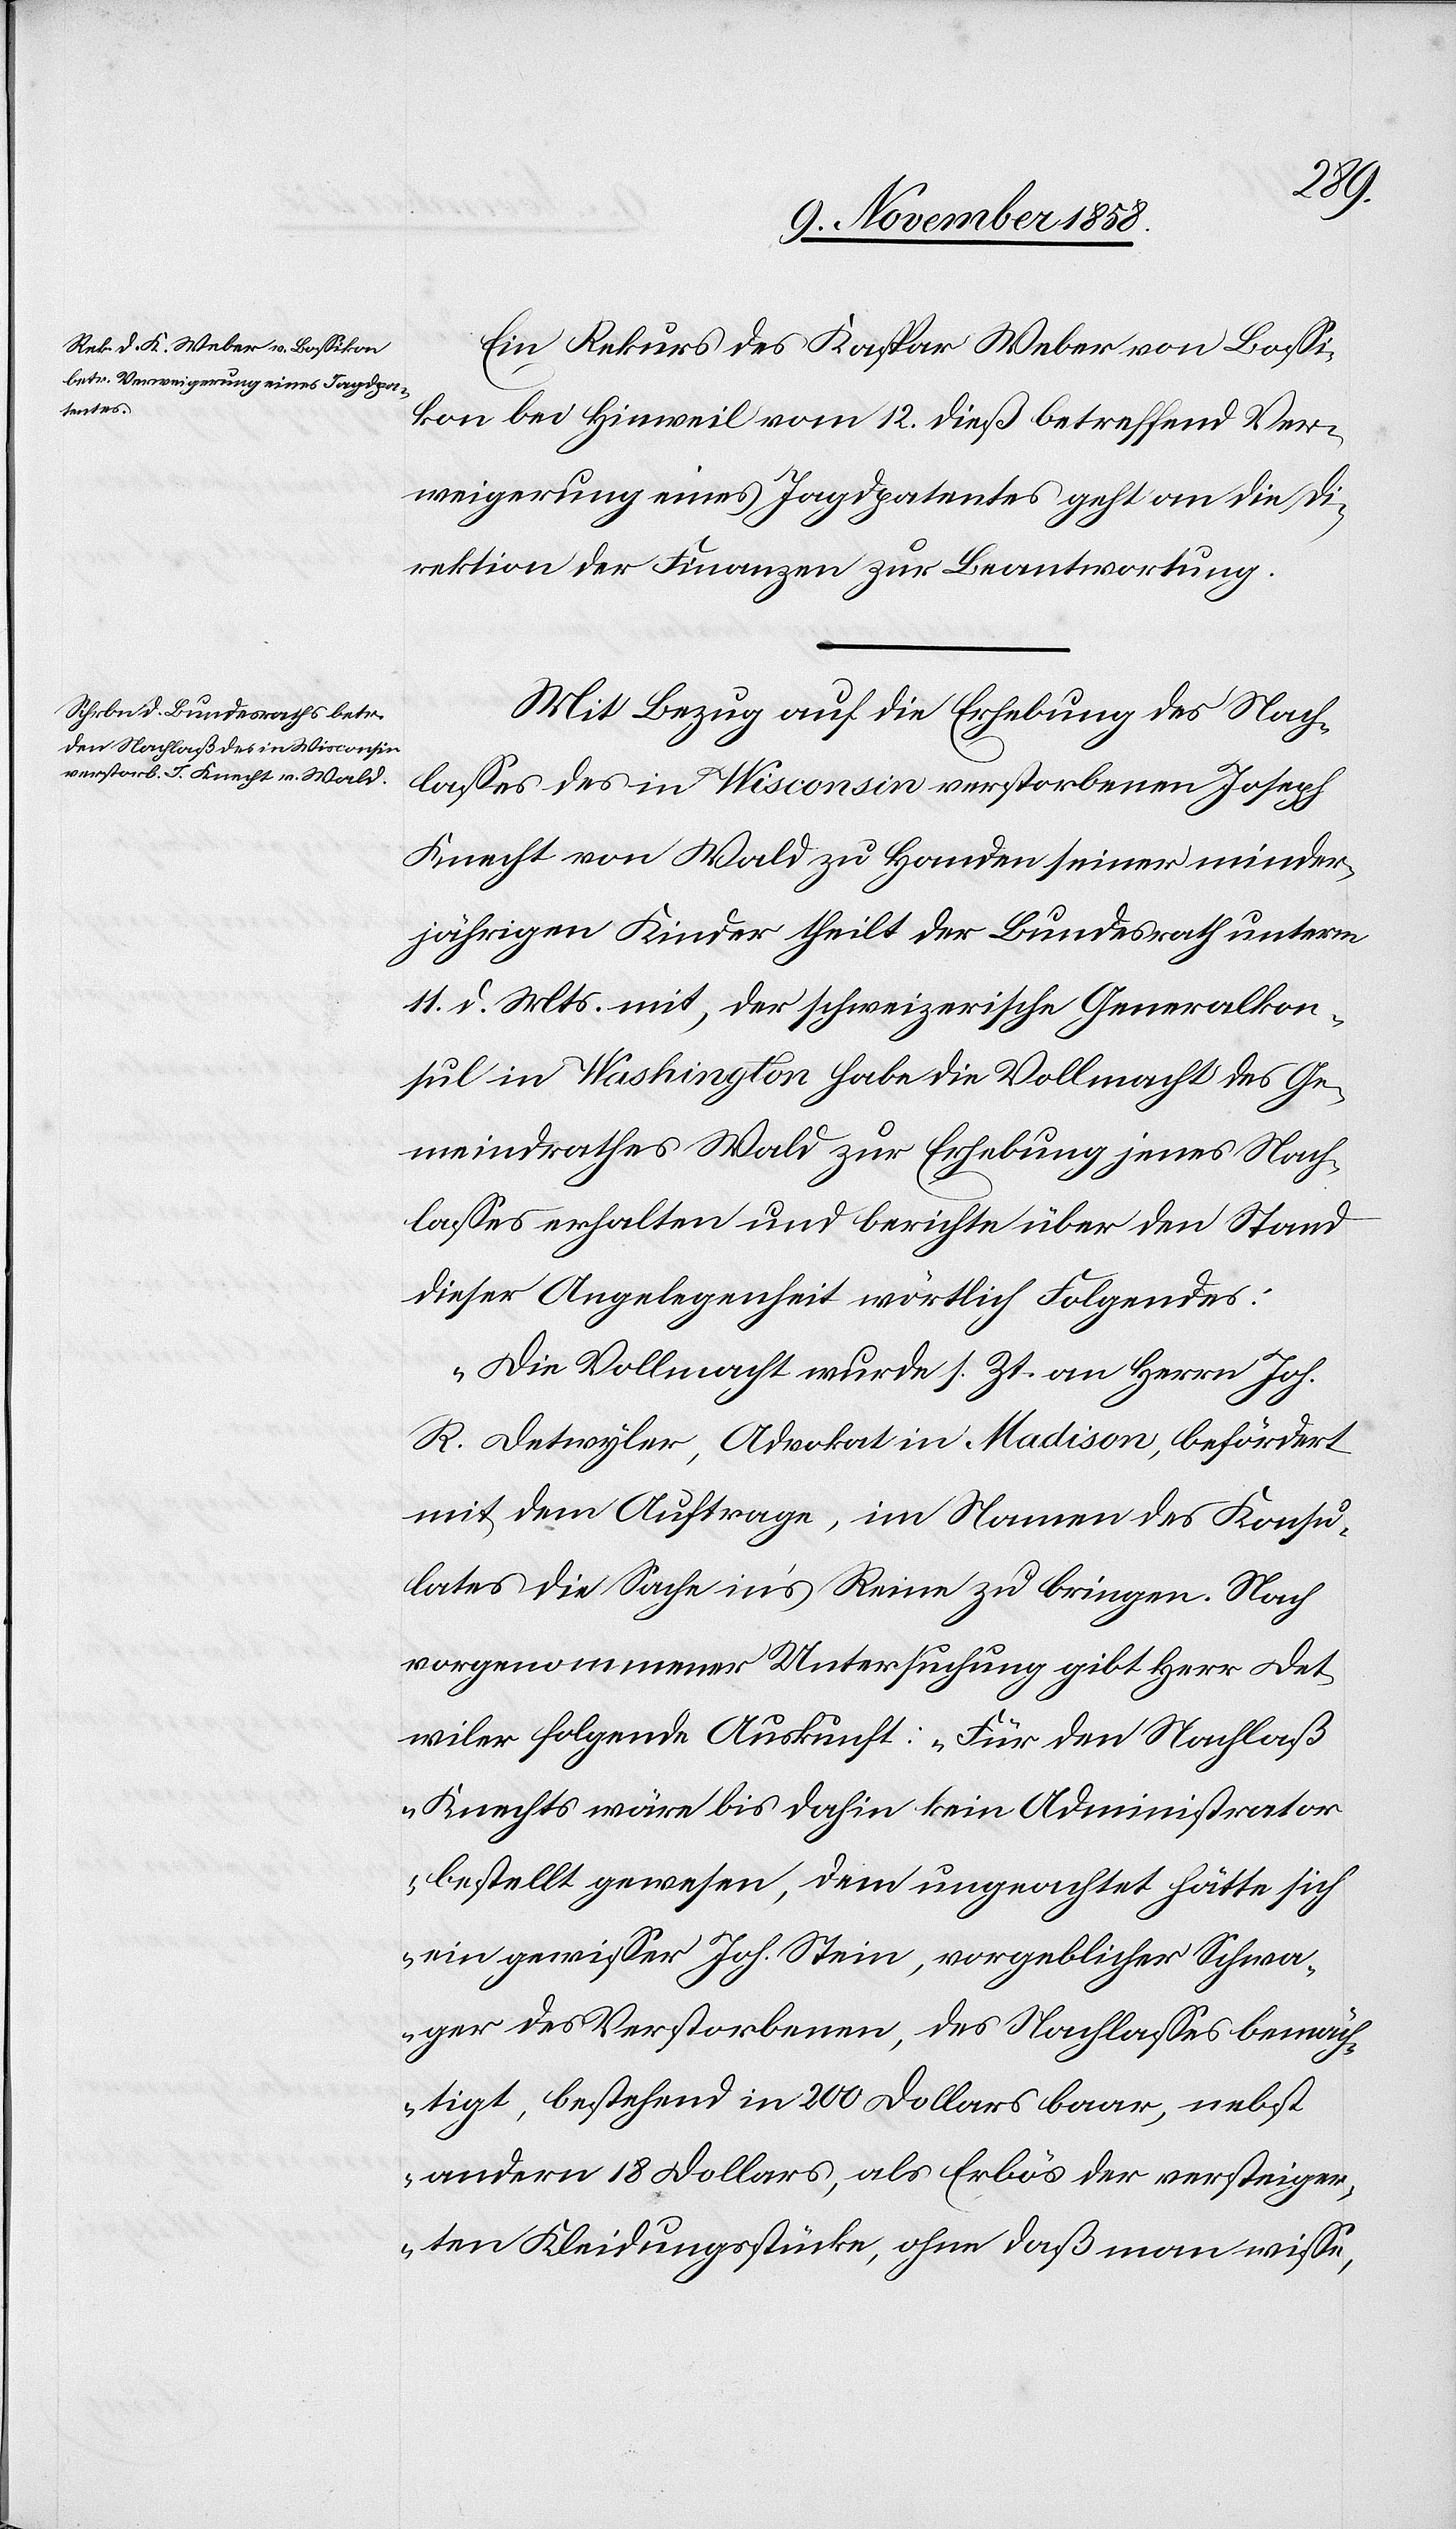
wiler
15. November 1858.]
Ein Rekurs des Kaspar Weber von Bossi¬
kon bei Hinweil vom 12. dieß betreffend Ver¬
weigerung eines Jagdpatentes geht an die Di¬
rektion der Finanzen zur Beantwortung.
Mit Bezug auf die Erhebung des Nach¬
lasses des in Wisconsin verstorbenen Joseph
Knecht von Wald zu Handen seiner minder¬
jährigen Kinder theilt der Bundesrath unterm
11. d. Mts. mit, der schweizerische Generalkon¬
sul in Washington habe die Vollmacht des Ge¬
meindrathes Wald zur Erhebung jenes Nach¬
lasses erhalten und berichte über den Stand
dieser Angelegenheit wörtlich Folgendes:
„Die Vollmacht wurde s. Zt. an Herrn Joh.
R. Detwyler, Advokat in Madison, befördert
mit dem Auftrage, im Namen des Konsu¬
lates die Sache in’s Reine zu bringen. Nach
vorgenommener Untersuchung gibt Herr Det¬
[sic!] folgende Auskunft: ‚Für den Nachlaß
Knechts wäre bis dahin kein Administrator
bestellt gewesen, dem ungeachtet hätte sich
ein gewisser Joh. Stein, vorgeblicher Schwa¬
ger des Verstorbenen, des Nachlasses bemäch¬
tigt, bestehend in 200 Dollars baar, nebst
andern 18 Dollars, als Erlös der versteiger¬
ten Kleidungsstücke, ohne daß man wisse,